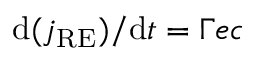
\mathrm { d } ( j _ { \mathrm { R E } } ) / \mathrm { d } t = \Gamma e c